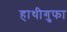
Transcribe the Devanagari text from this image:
हाथीगुफा